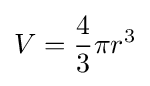
V={\frac {4}{3}}\pi r^{3}